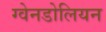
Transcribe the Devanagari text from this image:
ग्वेनडोलियन